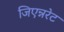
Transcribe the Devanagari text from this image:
जिएन्नरेट